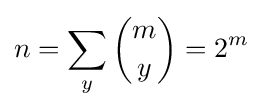
n=\sum _{y}{\binom {m}{y}}=2^{m}